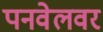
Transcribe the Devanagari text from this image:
पनवेलवर